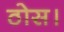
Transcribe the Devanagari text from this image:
ठोस।